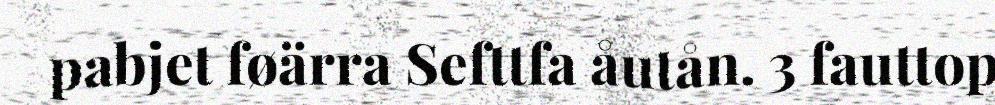
pabjet føärra Sefttfa åutån. 3 fauttop